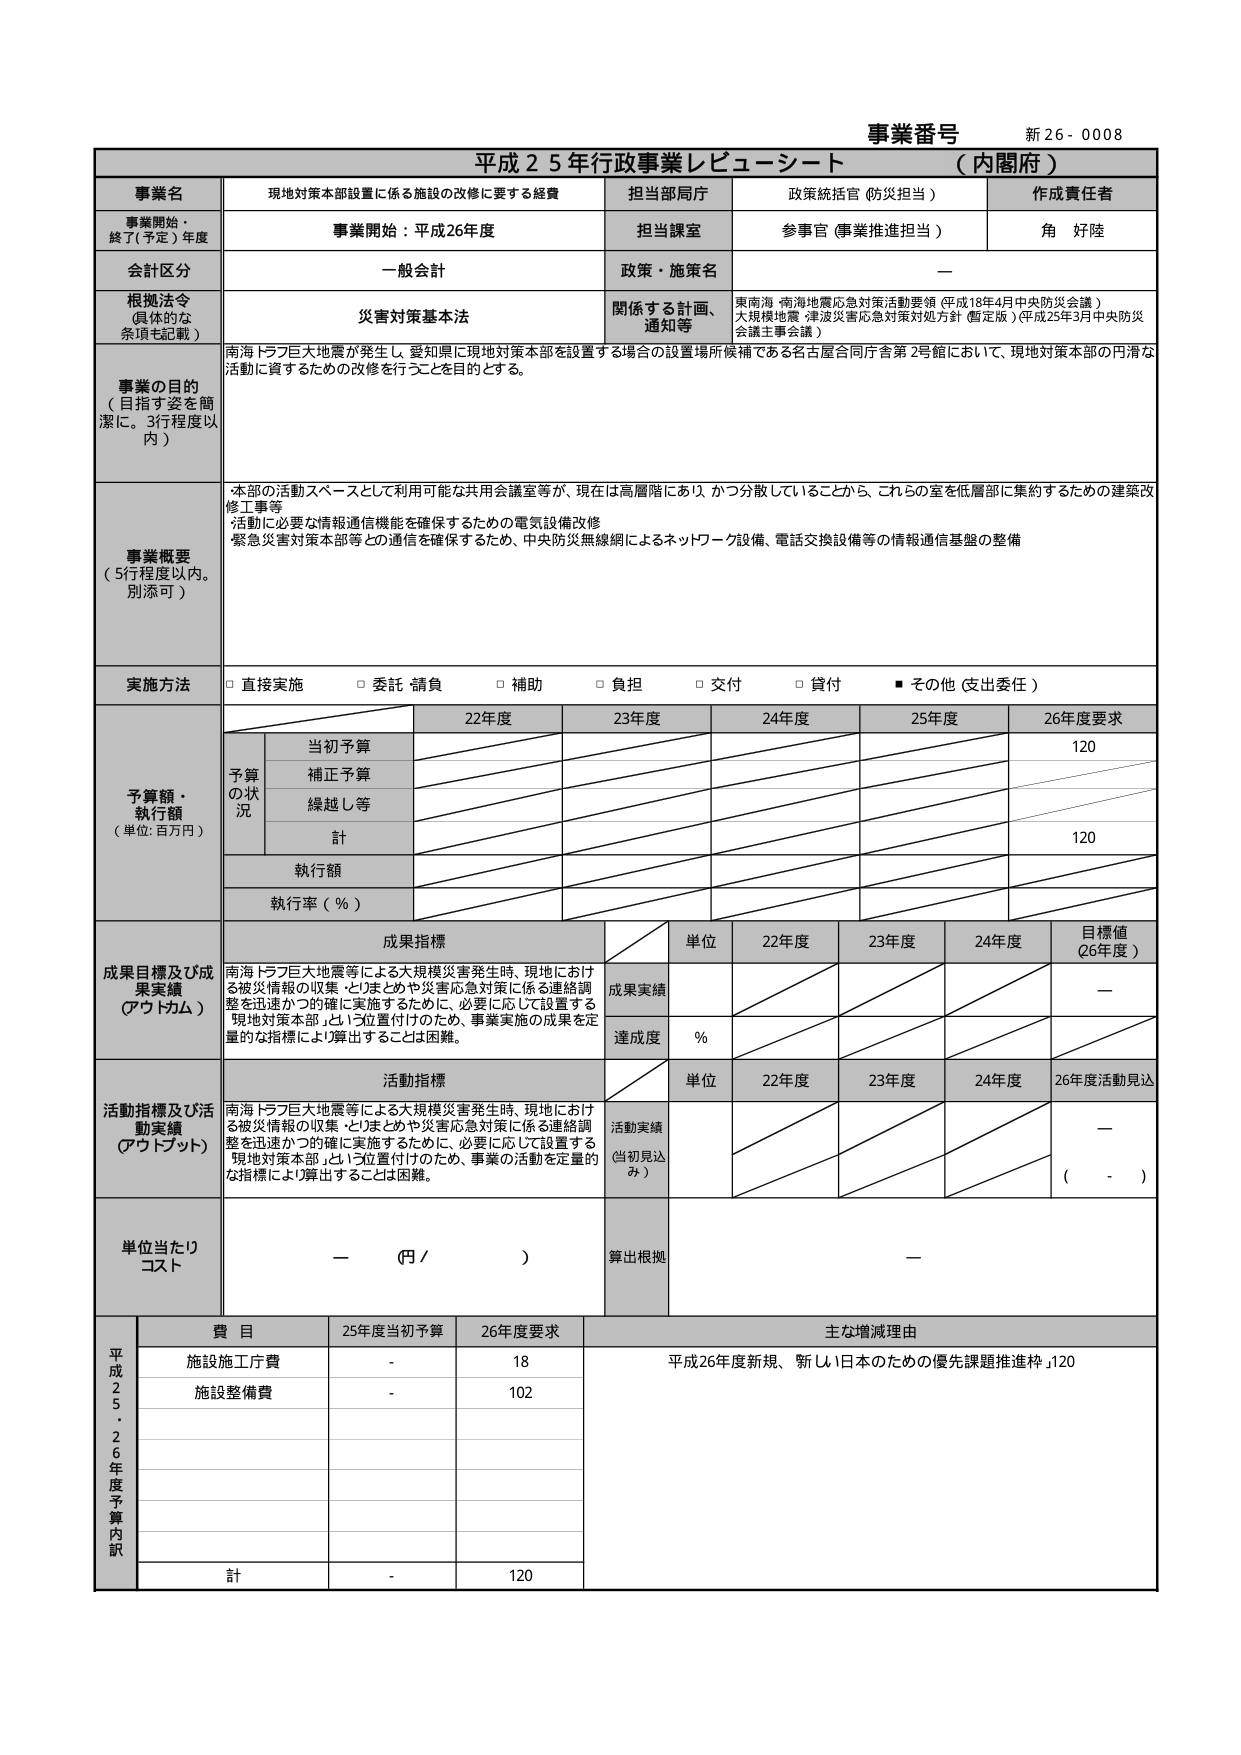
事業番号 新26-0008
平成25年行政事業レビューーシート （内閣府）

事業名 現地対策本部設置に係る施設の改修に要する経費
担当部局庁 政策統括官（防災担当）
作成責任者 角 好陸

事業開始・終了（予定）年度 事業開始：平成26年度
担当課室 参事官（事業推進担当）

会計区分 一般会計
政策・施策名 —

根拠法令（具体的な条項も記載） 災害対策基本法
関係する計画、通知等 東南海・南海地震応急対策活動要領（平成18年4月中央防災会議）
大規模地震・津波災害応急対策対処方針（暫定版）（平成25年3月中央防災会議主事会議）

事業の目的（目指す姿を簡潔に。3行程度以内）
南海トラフ巨大地震が発生し、愛知県に現地対策本部を設置する場合の設置場所候補である名古屋合同庁舎第2号館において、現地対策本部の円滑な活動に資するための改修を行うことを目的とする。

事業概要（5行程度以内。別添可）
・本部の活動スペースとして利用可能な共用会議室等が、現在は高層階にあり、かつ分散していることから、これらの室を低層部に集約するための建築改修工事等
・活動に必要な情報通信機能を確保するための電気設備改修
・緊急災害対策本部等との通信を確保するため、中央防災無線網によるネットワーク設備、電話交換設備等の情報通信基盤の整備

実施方法 □ 直接実施 □ 委託・請負 □ 補助 □ 負担 □ 交付 □ 貸付 ■ その他（支出委任）

予算額・執行額（単位：百万円）
予算の状況
22年度 23年度 24年度 25年度 26年度要求
当初予算 120
補正予算
繰越し等
計 120
執行額
執行率（％）

成果目標及び成果実績（アウトカム）
南海トラフ巨大地震等による大規模災害発生時、現地における被災情報の収集・とりまとめや災害応急対策に係る連絡調整を迅速かつ的確に実施するために、必要に応じて設置する「現地対策本部」を1つ位置付けたため、事業実施の成果を定量的な指標により算出することは困難。
単位 22年度 23年度 24年度 目標値（26年度）
成果実績 —
達成度 ％

活動指標及び活動実績（アウトプット）
南海トラフ巨大地震等による大規模災害発生時、現地における被災情報の収集・とりまとめや災害応急対策に係る連絡調整を迅速かつ的確に実施するために、必要に応じて設置する「現地対策本部」を1つ位置付けたため、事業の活動を定量的な指標により算出することは困難。
単位 22年度 23年度 24年度 26年度活動見込
活動実績（当初見込み） — （ - ）

単位当たりコスト — （円／ ）
算出根拠 —

平成25・26年度予算内訳
費目 25年度当初予算 26年度要求 主な増減理由
施設施工庁費 - 18 平成26年度新規、「新しい日本のための優先課題推進枠」120
施設整備費 - 102
計 - 120